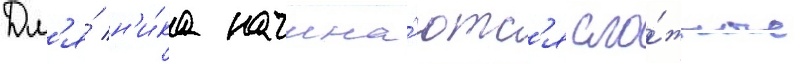
Дл'я́ н'и́ка начина́ютс'я сло́жные